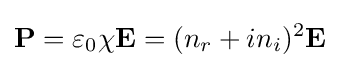
{\mathbf {P} }=\varepsilon _{0}\chi {\mathbf {E} }=(n_{r}+in_{i})^{2}{\mathbf {E} }